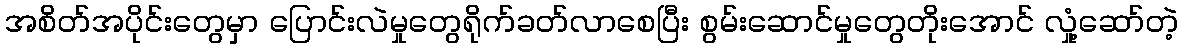
အစိတ်အပိုင်းတွေမှာ ပြောင်းလဲမှုတွေရိုက်ခတ်လာစေပြီး စွမ်းဆောင်မှုတွေတိုးအောင် လှုံ့ဆော်တဲ့